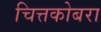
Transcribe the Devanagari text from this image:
चित्तकोबरा